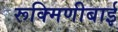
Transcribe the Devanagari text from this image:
रूक्मिणीबाई